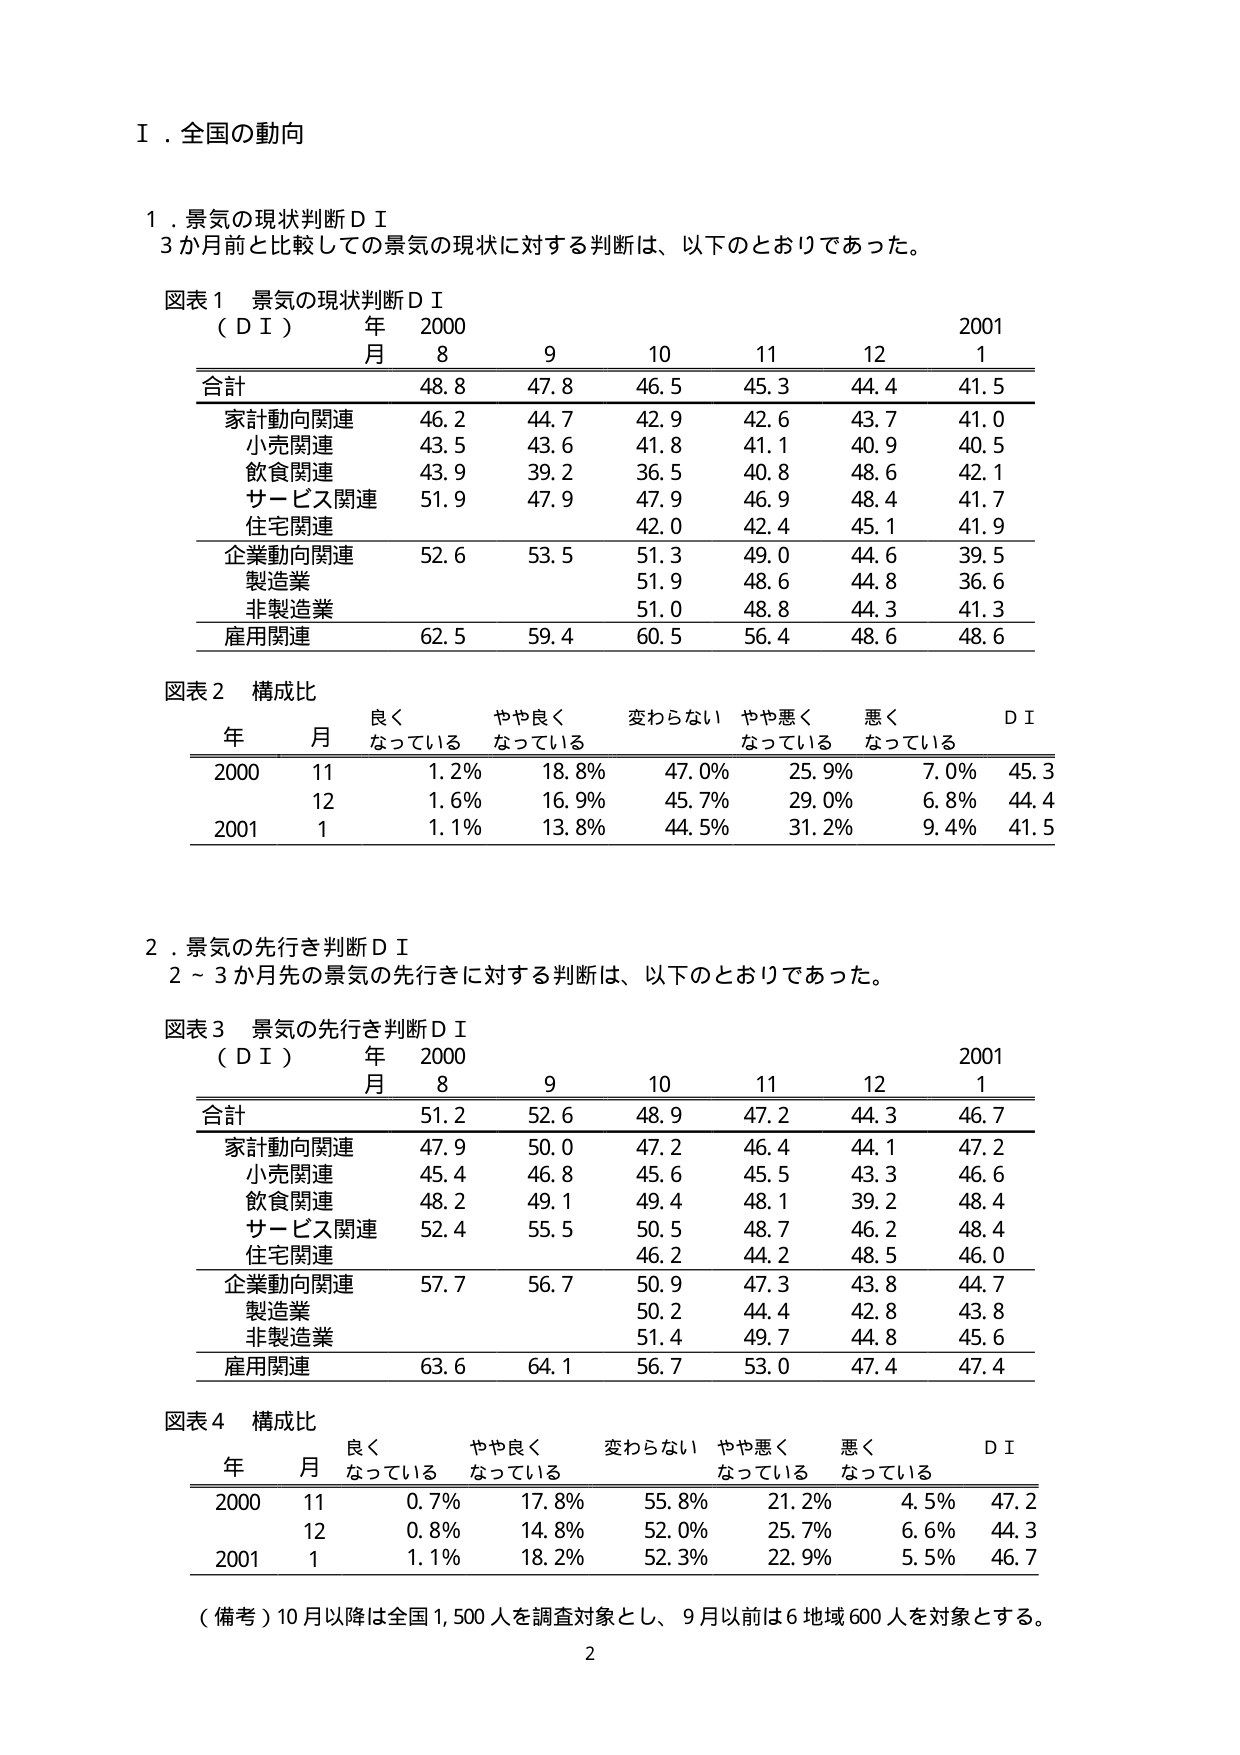
Ⅰ．全国の動向

１．景気の現状判断ＤＩ
３か月前と比較しての景気の現状に対する判断は、以下のとおりであった。

図表１ 景気の現状判断ＤＩ
（ＤＩ） 年 2000 2001
月 8 9 10 11 12 1
合計 48.8 47.8 46.5 45.3 44.4 41.5
家計動向関連 46.2 44.7 42.9 42.6 43.7 41.0
小売関連 43.5 43.6 41.8 40.1 40.9 40.5
飲食関連 43.9 39.2 36.5 40.8 48.6 42.1
サービス関連 51.9 47.9 47.9 46.9 48.4 41.7
住宅関連 42.0 42.4 45.1 41.9
企業動向関連 52.6 53.5 51.3 49.0 44.6 39.5
製造業 51.9 48.6 44.8 36.6
非製造業 51.0 48.8 44.3 41.3
雇用関連 62.5 59.4 60.5 56.4 48.6 48.6

図表２ 構成比
年 月 良くなっている やや良くなっている 変わらない やや悪くなっている 悪くなっている ＤＩ
2000 11 1.2% 18.8% 47.0% 25.9% 7.0% 45.3
12 1.6% 16.9% 45.7% 29.0% 6.8% 44.4
2001 1 1.1% 13.8% 44.5% 31.2% 9.4% 41.5

２．景気の先行き判断ＤＩ
２～３か月先の景気の先行きに対する判断は、以下のとおりであった。

図表３ 景気の先行き判断ＤＩ
（ＤＩ） 年 2000 2001
月 8 9 10 11 12 1
合計 51.2 52.6 48.9 47.2 44.3 46.7
家計動向関連 47.9 50.0 47.2 46.4 44.1 47.2
小売関連 45.4 46.8 45.6 45.5 43.3 46.6
飲食関連 48.2 49.1 49.4 48.1 39.2 48.4
サービス関連 52.4 55.5 50.5 48.7 46.2 48.4
住宅関連 46.2 44.2 48.5 46.0
企業動向関連 57.7 56.7 50.9 47.3 43.8 44.7
製造業 50.2 44.4 42.8 43.8
非製造業 51.4 49.7 44.8 45.6
雇用関連 63.6 64.1 56.7 53.0 47.4 47.4

図表４ 構成比
年 月 良くなっている やや良くなっている 変わらない やや悪くなっている 悪くなっている ＤＩ
2000 11 0.7% 17.8% 55.8% 21.2% 4.5% 47.2
12 0.8% 14.8% 52.0% 25.7% 6.6% 44.3
2001 1 1.1% 18.2% 52.3% 22.9% 5.5% 46.7

（備考）10月以降は全国1,500人を調査対象とし、9月以前は6地域600人を対象とする。
2